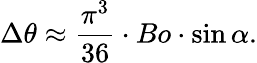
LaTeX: \Delta\theta\approx\frac{\pi^{3}}{36}\cdot Bo\cdot\sin\alpha.